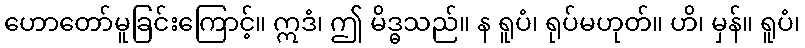
ဟောတော်မူခြင်းကြောင့်။ ဣဒံ၊ ဤ မိဒ္ဓသည်။ န ရူပံ၊ ရုပ်မဟုတ်။ ဟိ၊ မှန်။ ရူပံ၊